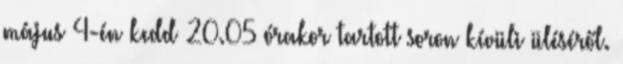
május 4-én kedd 20.05 órakor tartott soron kívüli üléséről.